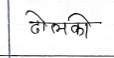
मजकूर: ढोलकी